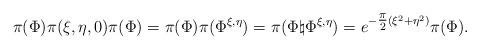
LaTeX: \begin{align*}\pi(\Phi) \pi(\xi,\eta,0) \pi(\Phi) = \pi(\Phi) \pi(\Phi^{\xi,\eta}) = \pi(\Phi \natural \Phi^{\xi,\eta}) = e^{- \tfrac{\pi}{2} (\xi^2+\eta^2)} \pi(\Phi).\end{align*}